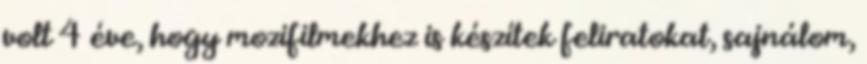
volt 4 éve, hogy mozifilmekhez is készítek feliratokat, sajnálom,